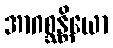
အာဂစ္ဆန္တိယော